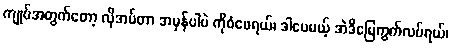
ကျုပ်အတွက်တော့ လိုအပ်တာ အမှန်ပါပဲ ကိုစံဖေရယ်၊ ဒါပေမယ့် အဲဒီမြေကွက်လပ်ရယ်၊